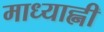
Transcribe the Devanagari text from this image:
माध्याह्नी